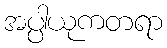
အပ္ပါယုကတရာ